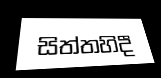
සිත්තහිදී